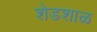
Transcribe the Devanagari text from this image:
शेडशाळ